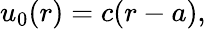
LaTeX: u_{0}(r)=c(r-a),